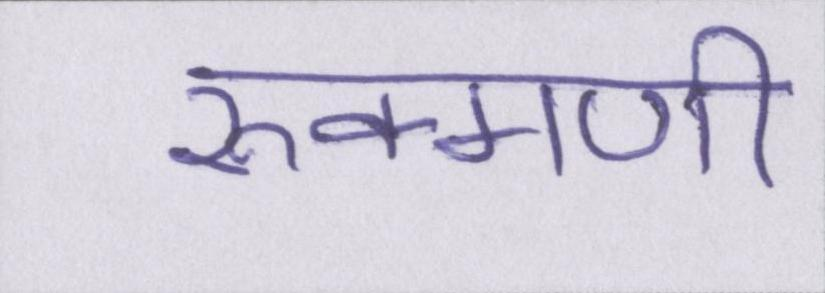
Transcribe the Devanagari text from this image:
रुक्मणी